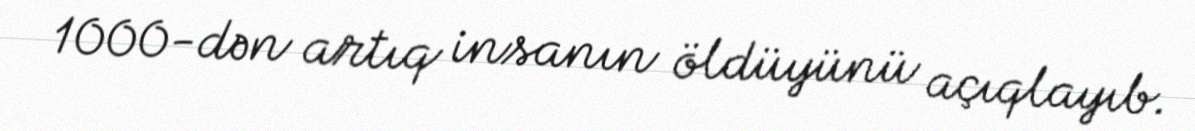
1000-dən artıq insanın öldüyünü açıqlayıb.